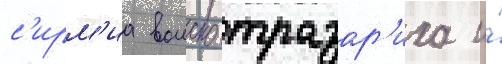
с'ирм'иа воиско тразар'иха и́